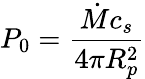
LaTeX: P_{0}=\frac{\dot{M}c_{s}}{4\pi R_{p}^{2}}